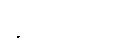
ဖွဲ့ပြပါတယ်။